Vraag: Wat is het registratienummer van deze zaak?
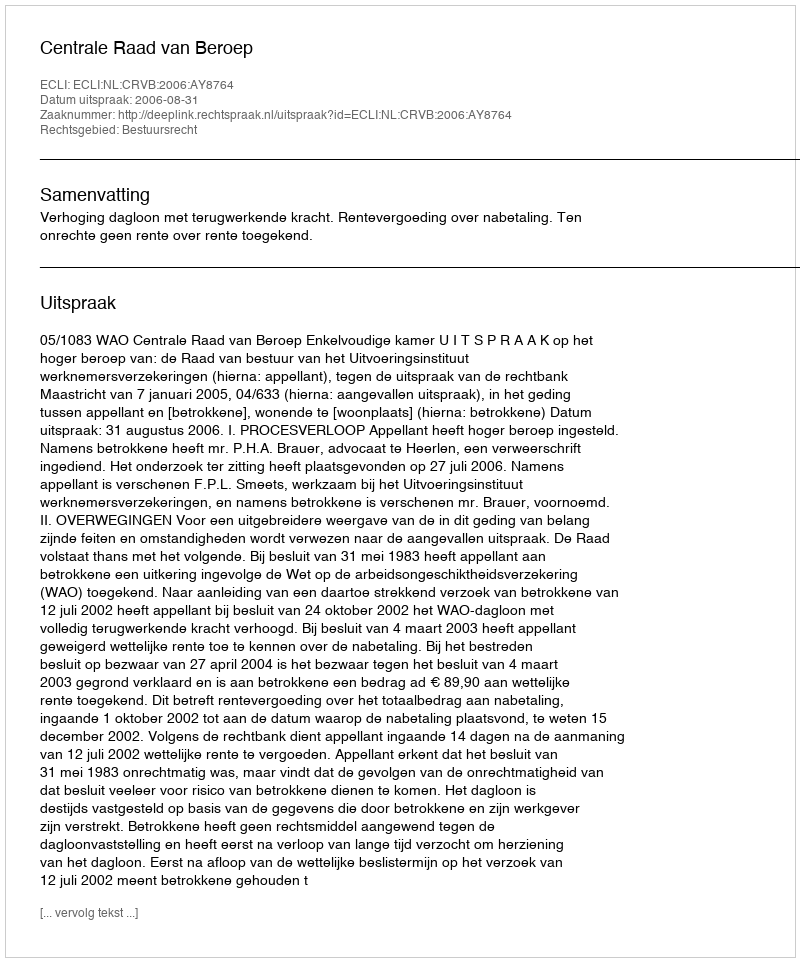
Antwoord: http://deeplink.rechtspraak.nl/uitspraak?id=ECLI:NL:CRVB:2006:AY8764